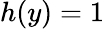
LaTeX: h(y)=1